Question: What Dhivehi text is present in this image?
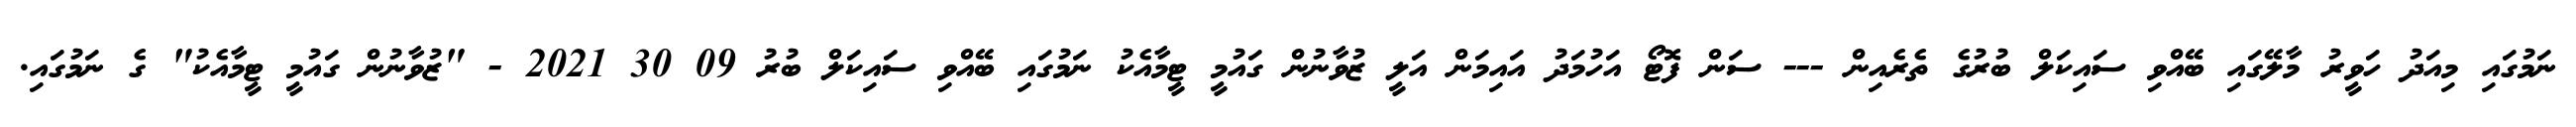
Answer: ނަމުގައި މިއަދު ހަވީރު މާލޭގައި ބޭއްވި ސައިކަލް ބުރުގެ ތެރެއިން --- ސަން ފޮޓޯ އަހުމަދު އައިމަން އަލީ ޒުވާނުން ގައުމީ ޓީމާއެކު ނަމުގައި ބޭއްވި ސައިކަލް ބުރު 09 30 2021 - "ޒުވާނުން ގައުމީ ޓީމާއެކު" ގެ ނަމުގައި.